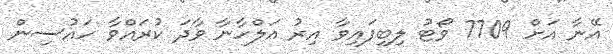
އޭނާ އަށް 7709 ވޯޓު ލިބިފައިވާ އިރު އަލްހާނާ ވާދަ ކުރައްވާ ހައުސިން